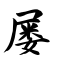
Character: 屡